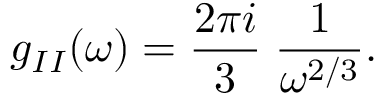
g _ { I I } ( \omega ) = { \frac { 2 \pi i } { 3 } } \; { \frac { 1 } { \omega ^ { 2 / 3 } } } .